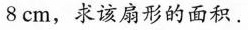
8cm，求该扇形的面积。